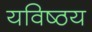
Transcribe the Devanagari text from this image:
यविष्ठय